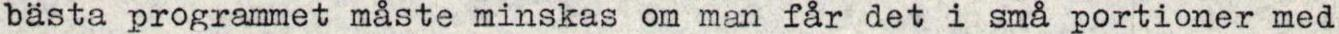
bästa programmet måste minskas om man får det i små portioner med